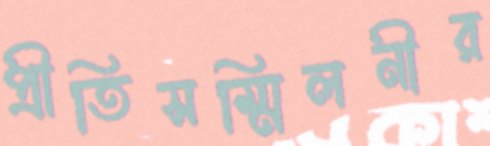
প্রীতিসম্মিলনীর